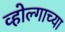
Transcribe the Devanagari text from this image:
व्होल्गाच्या